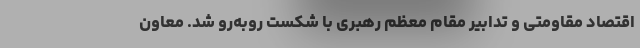
اقتصاد مقاومتی و تدابیر مقام معظم رهبری با شکست روبه‌رو شد. معاون